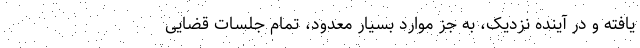
یافته و در آینده نزدیک، به جز موارد بسیار معدود، تمام جلسات قضایی